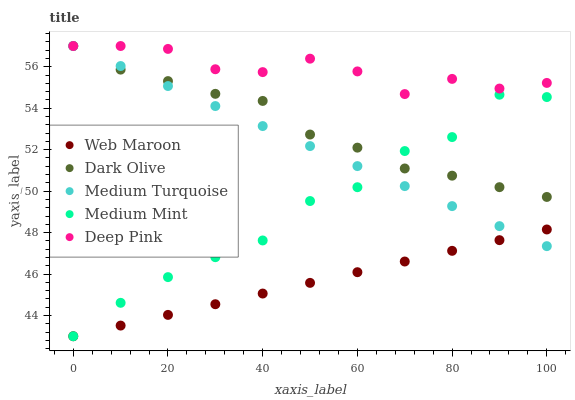
| xaxis_label | Web Maroon | Dark Olive | Medium Turquoise | Medium Mint | Deep Pink |
 | --- | --- | --- | --- | --- | --- |
 | 0 | 43 | 57 | 57 | 43 | 57 |
 | 10 | 43.5 | 55.9 | 56 | 44.6 | 57 |
 | 20 | 44 | 55.3 | 55.1 | 45.9 | 56.9 |
 | 30 | 44.5 | 54.7 | 54.1 | 46.8 | 55.9 |
 | 40 | 45.1 | 54.4 | 53.1 | 47.6 | 55.7 |
 | 50 | 45.6 | 52.7 | 52.2 | 49.5 | 56.4 |
 | 60 | 46.1 | 52.1 | 51.2 | 50.2 | 55.8 |
 | 70 | 46.6 | 51.1 | 50.2 | 51.9 | 54.7 |
 | 80 | 47.1 | 50.7 | 49.3 | 52.6 | 55.4 |
 | 90 | 47.6 | 50.2 | 48.3 | 54.7 | 54.9 |
 | 100 | 48.2 | 49.7 | 47.3 | 54.5 | 55.2 |